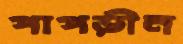
পাপড়ীন